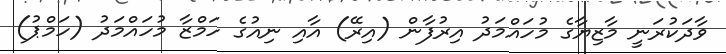
ވާދަކުރަނީ މާޒިޔާގެ މުހައްމަދު އިރުފާން (އިރޭ) އާއި ނިއުގެ ހަމްޒާ މުހައްމަދު (ހަމްޕު)